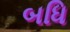
બધિ